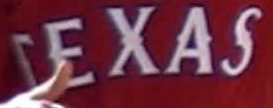
TEXAS